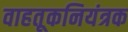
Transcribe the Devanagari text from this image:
वाहतूकनियंत्रक